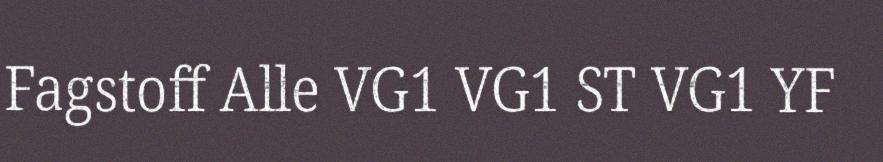
Fagstoff Alle VG1 VG1 ST VG1 YF